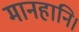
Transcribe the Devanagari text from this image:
मानहानि।